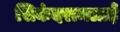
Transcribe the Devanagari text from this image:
सिकंदरामलाई